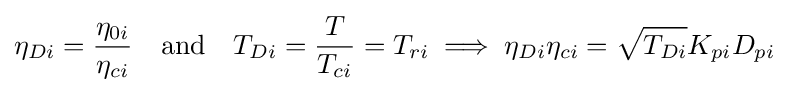
\eta _{Di}={\frac {\eta _{0i}}{\eta _{ci}}}\quad {\text{and}}\quad T_{Di}={\frac {T}{T_{ci}}}=T_{ri}\implies \eta _{Di}\eta _{ci}={\sqrt {T_{Di}}}K_{pi}D_{pi}